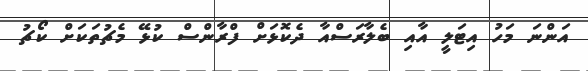
އަންނަ މަހު އިޓަލީ އާއި ބެލާރަސްއާ ދެކޮޅަށް ފްރާންސް ކުޅޭ މެޗުތަކަށް ކޯޗު